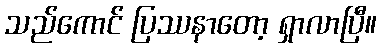
သည်ကောင် ပြဿနာတော့ ရှာလာပြီ။